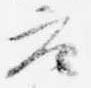
参